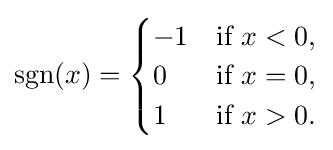
\operatorname {sgn} (x)={\begin{cases}-1&{\text{if }}x<0,\\0&{\text{if }}x=0,\\1&{\text{if }}x>0.\end{cases}}